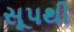
સૂપથી